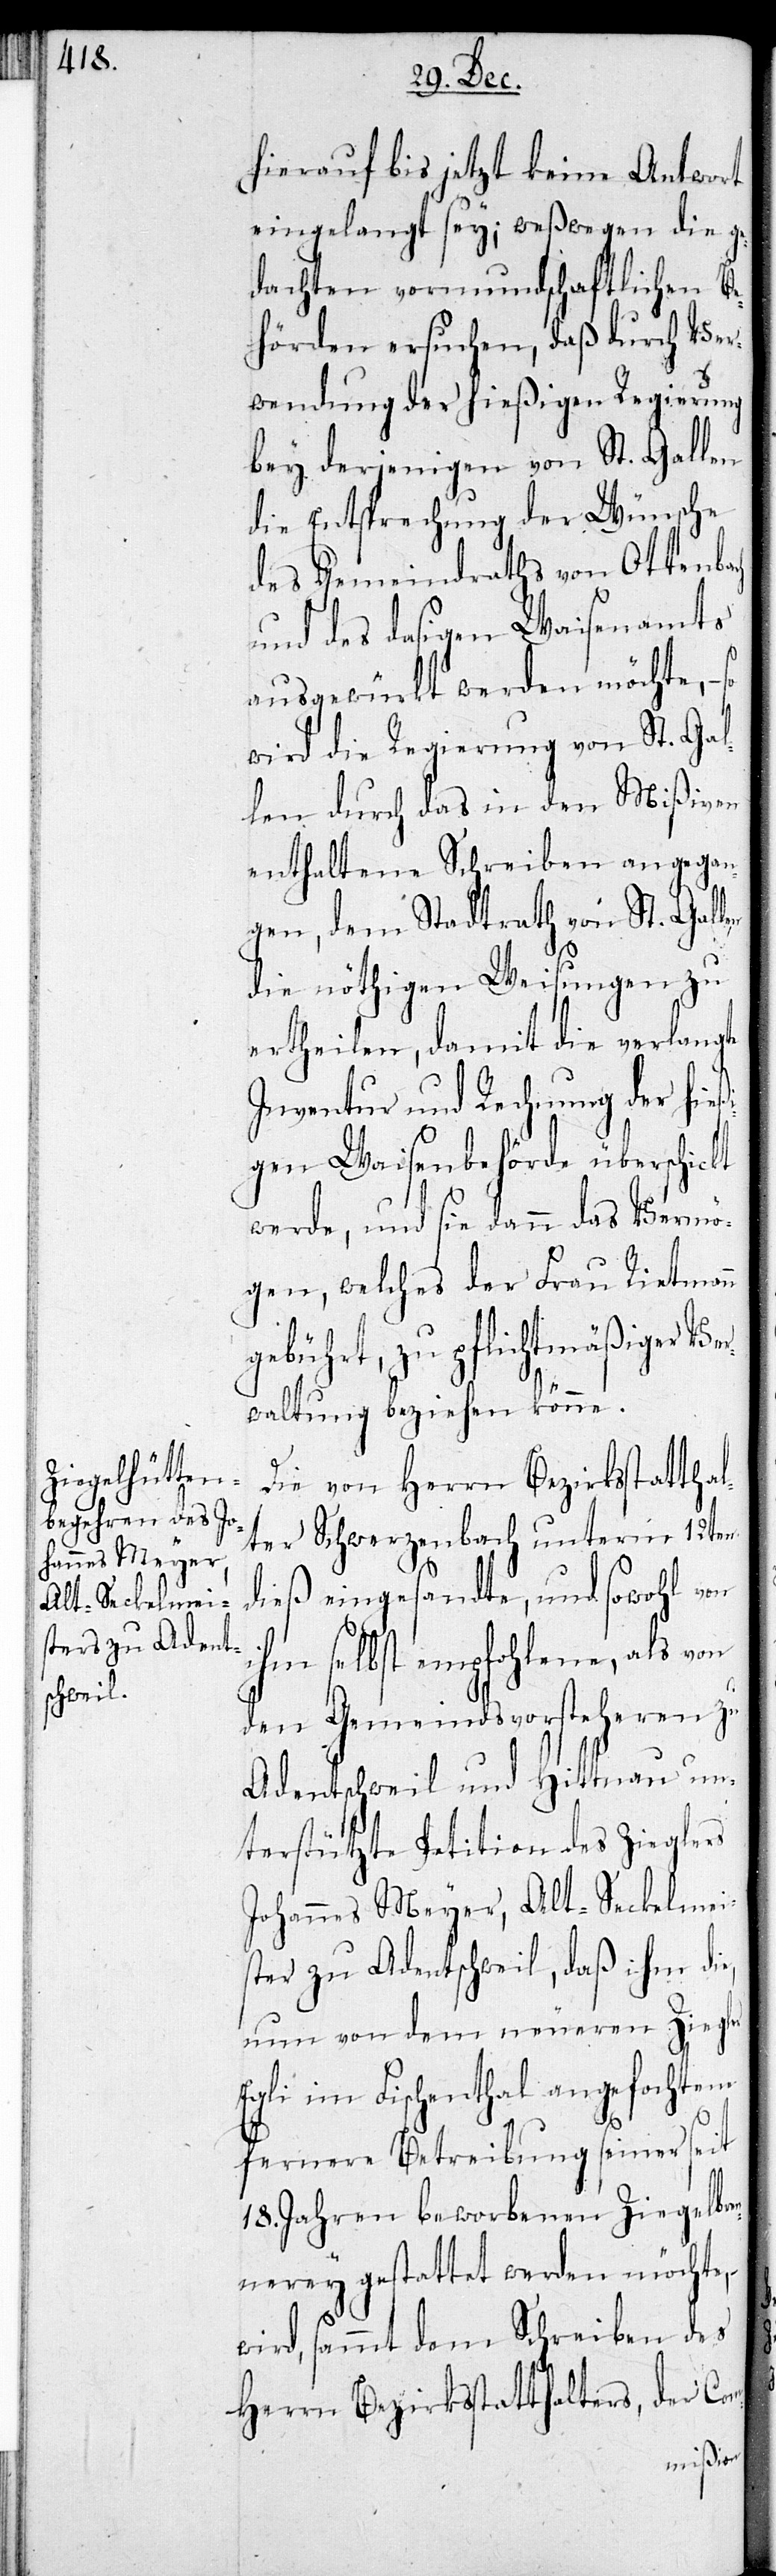
hierauf bis jetzt keine Antwort
eingelangt sey; weswegen die ge¬
dachten vormundschaftlichen Be¬
hörden ersuchen, daß durch Ver¬
wendung der hießigen Regierung
bey derjenigen von St. Gallen
die Entsprechung der Wünsche
des Gemeindraths von Ottenbach
und des dasigen Waisenamts
ausgewürkt werden möchte, –
wird die Regierung von St. Gal¬
len durch das in den Mißiven
enthaltene Schreiben angegan¬
gen, dem Stadtrath von St. Gallen
die nöthigen Weisungen zu
ertheilen, damit die verlangte
Inventur und Rechnung der hieß¬
igen Waisenbehörde überschickt
werde, und sie dann das Vermö¬
gen, welches der Frau Rietmann
gebührt, zu pflichtmäßiger Ve¬
rwaltung beziehen könne.
Die von Herrn Bezirksstatthal¬
ter Schwerzenbach unterm 12ten
dieß eingesandte, und sowohl von
ihm selbst empfohlene, als von
den Gemeindsvorsteheren zu
Adentschweil und Hittnau un¬
terstützte Petition des Zieglers
Johannes Meyer, Alt-Seckelmei¬
ster zu Adentschweil, daß ihm die,
nun von dem neueren Ziegler
Egli im Fischenthal angefochtene
fernere Betreibung seiner seit
18. Jahren beworbenen Ziegelbren¬
nerey gestattet werden möchte,
wird, sammt dem Schreiben des
Herrn Bezirksstatthalters, der